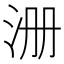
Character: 𰛚